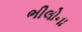
ભીલોના